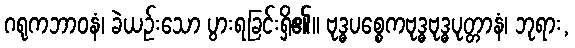
ဂရုကဘာဝနံ၊ ခဲယဉ်းသော ပွားရခြင်းရှိ၏။ ဗုဒ္ဓပစ္စေကဗုဒ္ဓဗုဒ္ဓပုတ္တာနံ၊ ဘုရား,